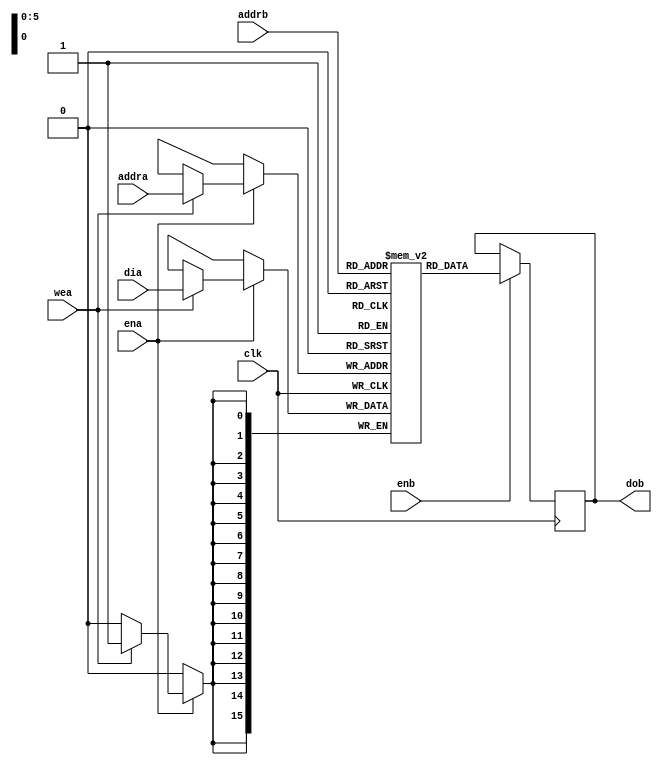
module iram_1r1w1ck_64x16
   (clk,ena,enb,wea,addra,addrb,dia,dob);
   input clk,ena,enb,wea;
   input [5:0] addra,addrb;
   input [15:0] dia;
   output [15:0] dob;
   reg[15:0] ram [63:0];
   reg[15:0] dob;

always @(posedge clk) begin
 if (ena) begin
    if (wea)
        ram[addra] <= dia;
 end
end

always @(posedge clk) begin
  if (enb)
    dob <= ram[addrb];
end

endmodule